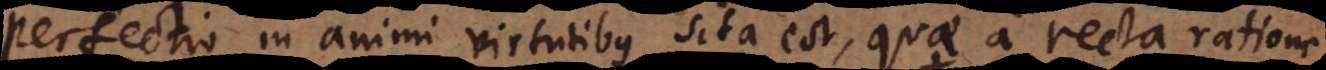
perfectio in animi virtutibus sita est, quae a recta ratione